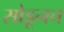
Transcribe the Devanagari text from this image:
सोडूनच